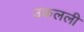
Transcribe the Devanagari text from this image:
उकलली